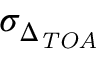
\sigma _ { \Delta _ { \it T O A } }